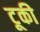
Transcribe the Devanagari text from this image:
टूकी